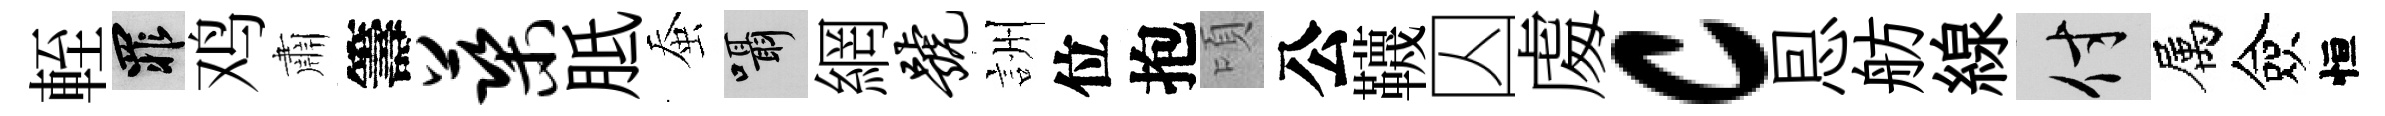
輊罪鸡肅籌蕖胝蚕囁網号詶位抱頃公韈囚䖏c㤙舫線付属僉恒